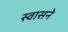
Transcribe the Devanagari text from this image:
स्वासने